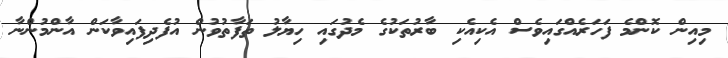
މިއިން ކޮންމެ ފަހަރެއްގައިވެސް އެކިއެކި ބާރުތަކުގެ މެދުގައި ހިޔާލު ތަފާތުވުން އުފެދިފައިވާކަން އާންމުންނާ